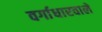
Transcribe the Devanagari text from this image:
वर्गाधारवाले